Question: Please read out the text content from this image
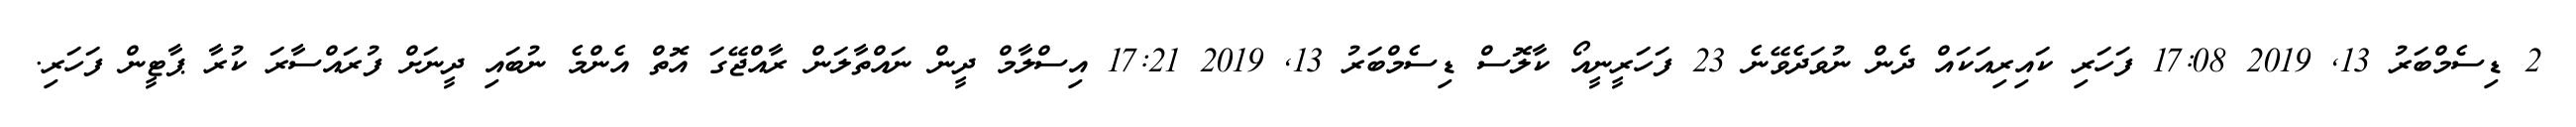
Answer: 2 ޑިސެމްބަރު 13, 2019 17:08 ފަހަރި ކައިރިއަކައް ދެން ނުވަދެވޭނެ 23 ފަހަރީނީއޯ ކާލޮސް ޑިސެމްބަރު 13, 2019 17:21 އިސްލާމް ދީން ނައްތާލަން ރާއްޖޭގަ އޮތް އެންމެ ނުބައި ދީނަށް ފުރައްސާރަ ކުރާ ޕާޓީން ފަހަރި.